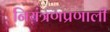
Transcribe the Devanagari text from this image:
नियंत्रणप्रणाली